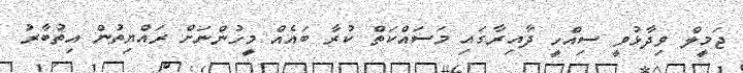
ޖަމީލް ވިދާޅުވީ ސިއްހީ ދާއިރާގައި މަސައްކަތް ކުރާ ބައެއް މީހުންނަށް ރައްޔިތުން އިތުބާރު